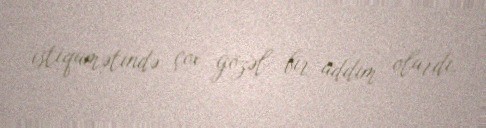
istiqamətində çox gözəl bir addım olardı.